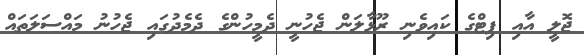
ޖޮލީ އާއި ޕިޓްގެ ކައިވެނި ރޫޅާލަން ޖެހުނީ ދެމީހުންގެ ދެމެދުގައި ޖެހުނު މައްސަލަތައް